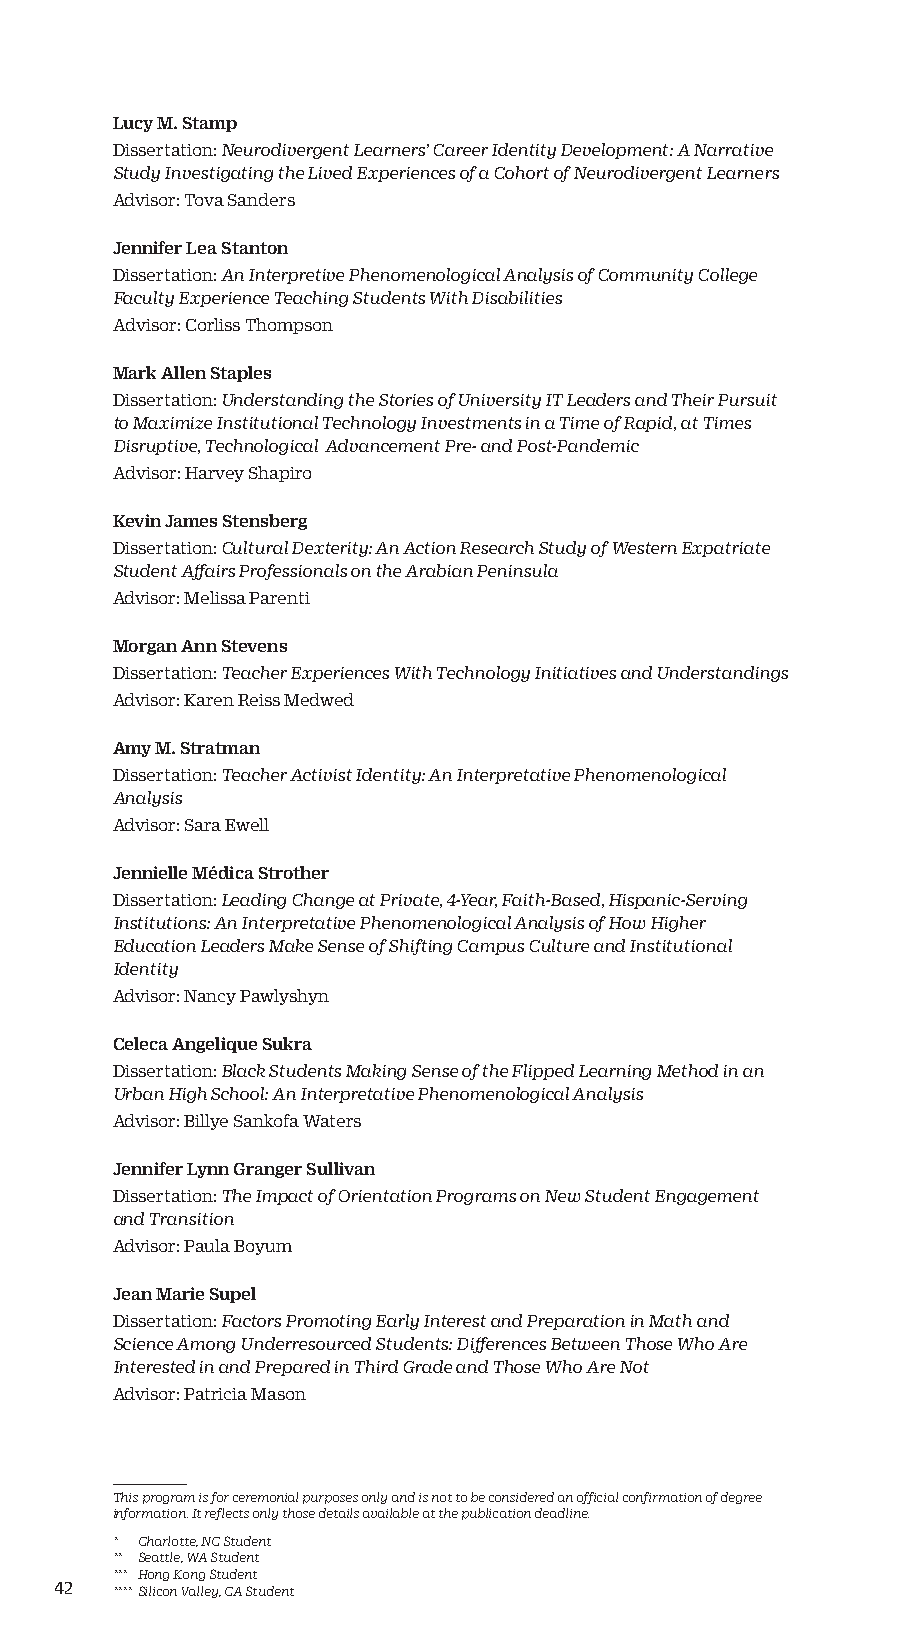
Lucy M. Stamp
 Dissertation: Neurodivergent Learners’ Career Identity Development: A Narrative
 Study Investigating the Lived Experiences of a Cohort of Neurodivergent Learners
 Advisor: Tova Sanders
 Jennifer Lea Stanton
 Dissertation: An Interpretive Phenomenological Analysis of Community College
 Faculty Experience Teaching Students With Disabilities
 Advisor: Corliss Thompson
 Mark Allen Staples
 Dissertation: Understanding the Stories of University IT Leaders and Their Pursuit
 to Maximize Institutional Technology Investments in a Time of Rapid, at Times
 Disruptive, Technological Advancement Pre- and Post-Pandemic
 Advisor: Harvey Shapiro
 Kevin James Stensberg
 Dissertation: Cultural Dexterity: An Action Research Study of Western Expatriate
 Student Affairs Professionals on the Arabian Peninsula
 Advisor: Melissa Parenti
 Morgan Ann Stevens
 Dissertation: Teacher Experiences With Technology Initiatives and Understandings
 Advisor: Karen Reiss Medwed
 Amy M. Stratman
 Dissertation: Teacher Activist Identity: An Interpretative Phenomenological
 Analysis
 Advisor: Sara Ewell
 Jennielle Médica Strother
 Dissertation: Leading Change at Private, 4-Year, Faith-Based, Hispanic-Serving
 Institutions: An Interpretative Phenomenological Analysis of How Higher
 Education Leaders Make Sense of Shifting Campus Culture and Institutional
 Identity
 Advisor: Nancy Pawlyshyn
 Celeca Angelique Sukra
 Dissertation: Black Students Making Sense of the Flipped Learning Method in an
 Urban High School: An Interpretative Phenomenological Analysis
 Advisor: Billye Sankofa Waters
 Jennifer Lynn Granger Sullivan
 Dissertation: The Impact of Orientation Programs on New Student Engagement
 and Transition
 Advisor: Paula Boyum
 Jean Marie Supel
 Dissertation: Factors Promoting Early Interest and Preparation in Math and
 Science Among Underresourced Students: Differences Between Those Who Are
 Interested in and Prepared in Third Grade and Those Who Are Not
 Advisor: Patricia Mason
 This program is for ceremonial purposes only and is not to be considered an official confirmation of degree
 information. It reflects only those details available at the publication deadline.
 * Charlotte, NC Student
 ** Seattle, WA Student
 *** Hong Kong Student
 42 **** Silicon Valley, CA Student